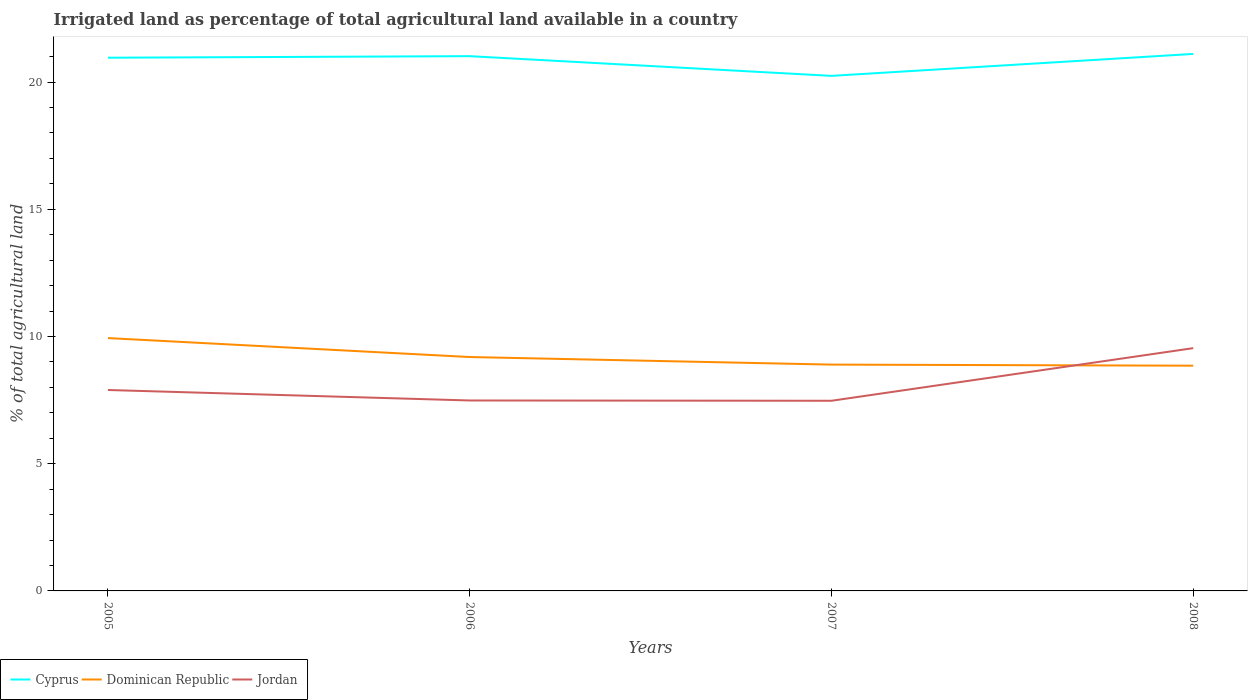
| Years | Cyprus | Dominican Republic | Jordan |
 | --- | --- | --- | --- |
 | 2005 | 21 | 9.94 | 7.9 |
 | 2006 | 21 | 9.19 | 7.49 |
 | 2007 | 20.2 | 8.9 | 7.47 |
 | 2008 | 21.1 | 8.85 | 9.54 |